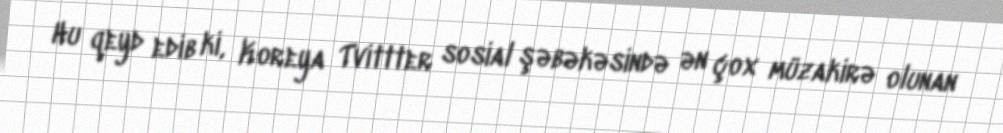
Hu qeyd edib ki, Koreya Tvittter sosial şəbəkəsində ən çox müzakirə olunan